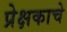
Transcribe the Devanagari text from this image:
प्रेक्षकाचे